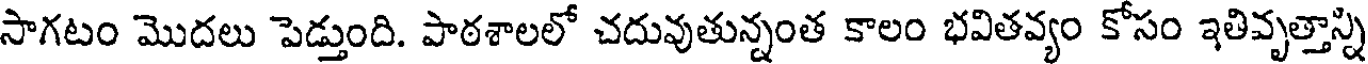
సాగటం మొదలు పెడ్తుంది. పాఠశాలలో చదువుతున్నంత కాలం భవితవ్యం కోసం ఇతివృత్తాన్ని